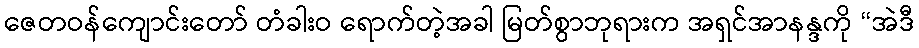
ဇေတဝန်ကျောင်းတော် တံခါးဝ ရောက်တဲ့အခါ မြတ်စွာဘုရားက အရှင်အာနန္ဒကို “အဲဒီ